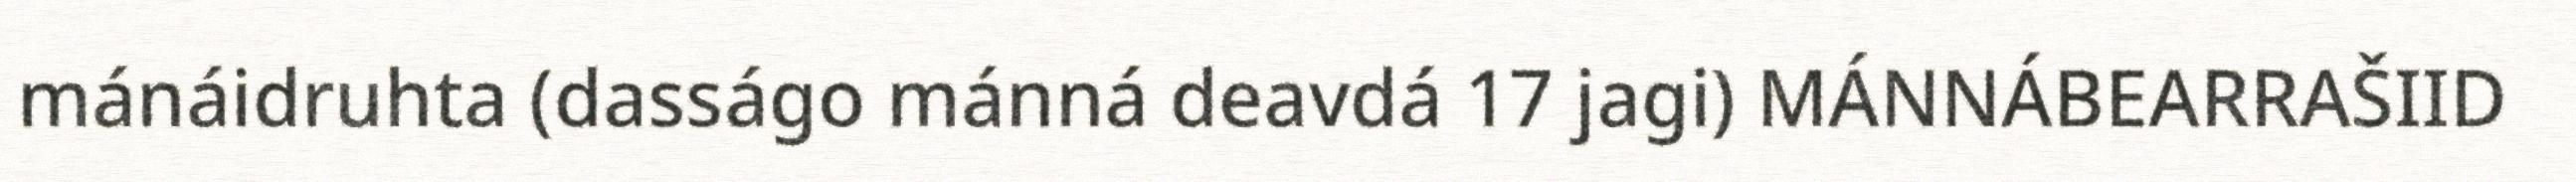
mánáidruhta (dasságo mánná deavdá 17 jagi) MÁNNÁBEARRAŠIID